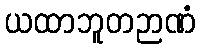
ယထာဘူတဉာဏံ